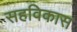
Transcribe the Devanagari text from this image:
सहविकास